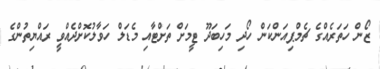
ޒޯން ހަތަރެއްގެ ޗެމްޕިއަންކަން ހޯދި މަހިބަދޫ ޓީމަށް ތަށްޓާއި މެޑަލް ހަވާލުކޮށްދެއްވީ ރައްޔިތުންގެ